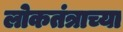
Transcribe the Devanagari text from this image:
लोकतंत्राच्या